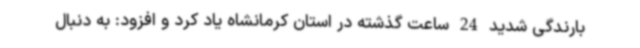
بارندگی شدید 24 ساعت گذشته در استان کرمانشاه یاد کرد و افزود: به دنبال